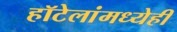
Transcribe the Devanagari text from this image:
हॉटेलांमध्येही